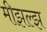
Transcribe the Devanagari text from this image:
मीझल्झ